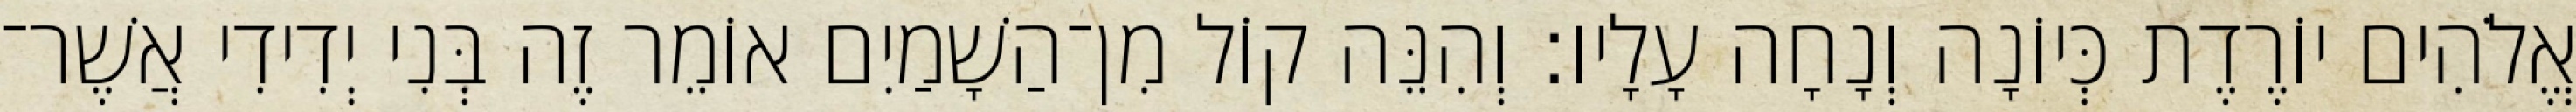
אֱלֹהִים יוֹרֶדֶת כְּיוֹנָה וְנָחָה עָלָיו׃ וְהִנֵּה קוֹל מִן־הַשָׁמַיִם אוֹמֵר זֶה בְּנִי יְדִידִי אֲשֶׁר־